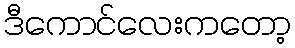
ဒီကောင်လေးကတော့